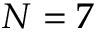
N = 7